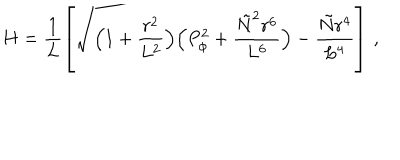
H = \frac { 1 } { L } \left[ \sqrt { \Bigl ( 1 + \frac { r ^ { 2 } } { L ^ { 2 } } \Bigr ) \Bigl ( P _ { \phi } ^ { 2 } + \frac { { \tilde { N } } ^ { 2 } r ^ { 6 } } { L ^ { 6 } } \Bigr ) } - \frac { { \tilde { N } } r ^ { 4 } } { L ^ { 4 } } \right] \, ,